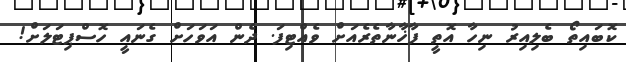
ކޮބައިތޯ ބެލިއިރު ނިހާ އޮތީ ފާޚާނާތެރެއަށް ވެއްޓިފަ. ދެން އަވަހަށް ގެނައީ ހޮސްޕިޓަލަށް!